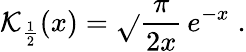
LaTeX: \mathcal{K}_{\frac{{1}}{{2}}}(x)=\sqrt{}{{\frac{{\pi}}{{2x}}}}\, e^{-x}\; .